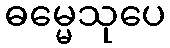
ဓမ္မေသုပေ